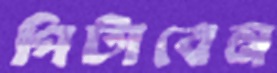
পিটাবেন